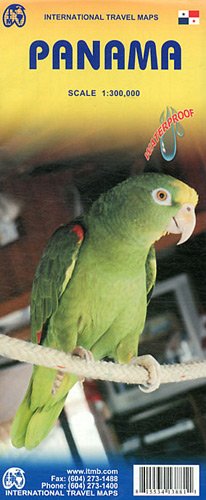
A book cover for Panama Travel reference map 1:300,000- 2014 (International Travel Maps); Itmb; Travel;